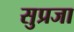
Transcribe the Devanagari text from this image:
सुप्रजा